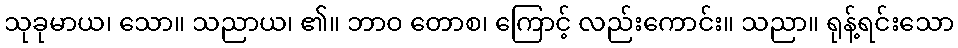
သုခုမာယ၊ သော။ သညာယ၊ ၏။ ဘာဝ တောစ၊ ကြောင့် လည်းကောင်း။ သညာ။ ရုန့်ရင်းသော